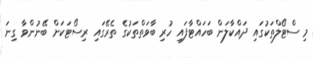
މި ސްޓޯލްތަކުގައި ދައްކާލަން ބަހައްޓާފައި ހުރި ބާވަތްތަކުގެ ތެރޭގައި ރިސޯޓަކަށް ބޭނުންވާ ގިނަ